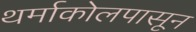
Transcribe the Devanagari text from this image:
थर्माकोलपासून